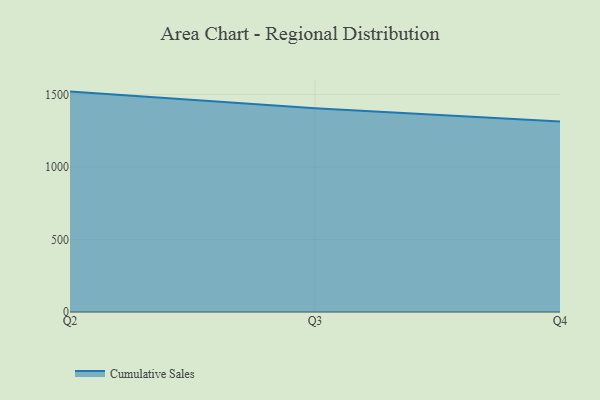
{"axis": {"x": "Quarter", "y": "Population (Million)"}, "legend": ["Cumulative Sales"], "data": [{"x": "Q2", "y": 1519.6, "type": "Cumulative Sales"}, {"x": "Q3", "y": 1405.0, "type": "Cumulative Sales"}, {"x": "Q4", "y": 1314.3, "type": "Cumulative Sales"}]}